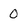
Character: 0